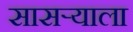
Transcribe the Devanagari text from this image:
सासर्‍याला